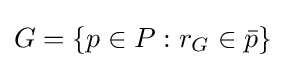
G=\{p\in P:r_{G}\in {\bar {p}}\}